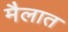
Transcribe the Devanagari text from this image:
मैलात